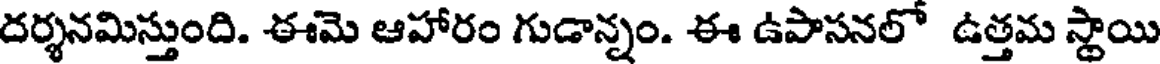
దర్శనమిస్తుంది. ఈమె ఆహారం గుడాన్నం. ఈ ఉపాసనలో ఉత్తమ స్థాయి